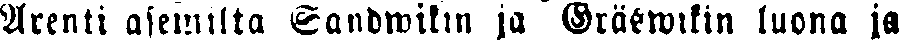
Arenti asemilta Sandwikin ja Gräswikin luona ja